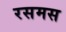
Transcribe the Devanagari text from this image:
रसमस